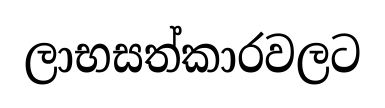
ලාභසත්කාරවලට